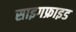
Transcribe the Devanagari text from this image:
साइगफ्राइड